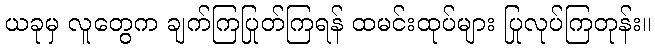
ယခုမှ လူတွေက ချက်ကြပြုတ်ကြရန် ထမင်းထုပ်များ ပြုလုပ်ကြတုန်း။